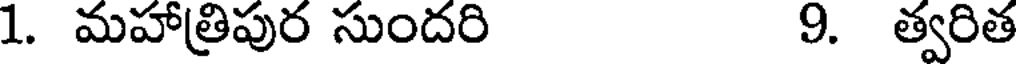
1. మహాత్రిపుర సుందరి 9. త్వరిత